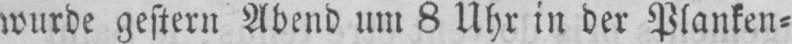
wurde gestern Abend um 8 Uhr in der Planken⸗